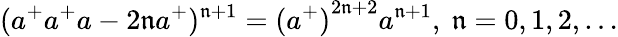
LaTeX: (a^{+}a^{+}a-2\mathfrak{n}a^{+})^{\mathfrak{n}+1}={(a^{+})}^{2\mathfrak{n}+2}a^{\mathfrak{n}+1},\ \mathfrak{n}=0,1,2,\ldots